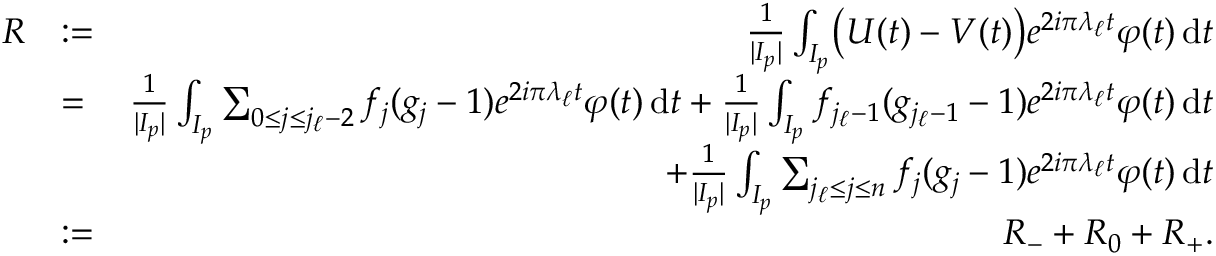
\begin{array} { r l r } { R } & { : = } & { \frac { 1 } { | I _ { p } | } \int _ { I _ { p } } \bigl ( U ( t ) - V ( t ) \bigr ) e ^ { 2 i \pi \lambda _ { \ell } t } \varphi ( t ) \, \mathrm { d } t } \\ & { = } & { \frac { 1 } { | I _ { p } | } \int _ { I _ { p } } \sum _ { 0 \leq j \leq j _ { \ell } - 2 } f _ { j } ( g _ { j } - 1 ) e ^ { 2 i \pi \lambda _ { \ell } t } \varphi ( t ) \, \mathrm { d } t + \frac { 1 } { | I _ { p } | } \int _ { I _ { p } } f _ { j _ { \ell } - 1 } ( g _ { j _ { \ell } - 1 } - 1 ) e ^ { 2 i \pi \lambda _ { \ell } t } \varphi ( t ) \, \mathrm { d } t } \\ & { } & { + \frac { 1 } { | I _ { p } | } \int _ { I _ { p } } \sum _ { j _ { \ell } \leq j \leq n } f _ { j } ( g _ { j } - 1 ) e ^ { 2 i \pi \lambda _ { \ell } t } \varphi ( t ) \, \mathrm { d } t } \\ & { : = } & { R _ { - } + R _ { 0 } + R _ { + } . } \end{array}